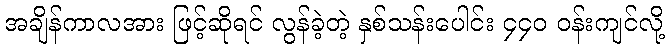
အချိန်ကာလအား ဖြင့်ဆိုရင် လွန်ခဲ့တဲ့ နှစ်သန်းပေါင်း ၄၄၀ ဝန်းကျင်လို့